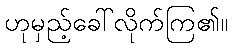
ဟုမှည့်ခေါ်လိုက်ကြ၏။